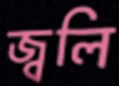
জ্বলি